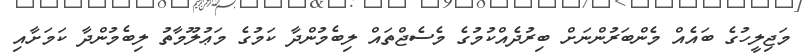
މަޖިލީހުގެ ބައެއް މެންބަރުންނަށް ބިރުދެއްކުމުގެ މެސެޖްތައް ލިބެމުންދާ ކަމުގެ މަޢުލޫމާތު ލިބެމުންދާ ކަމަށާއި